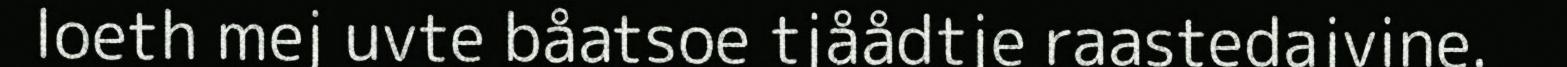
loeth mej uvte båatsoe tjåådtje raastedajvine.